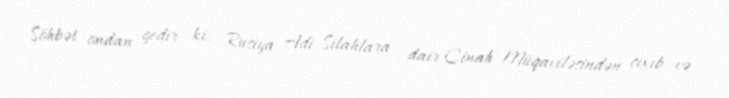
Söhbət ondan gedir ki, Rusiya Adi Silahlara dair Cinah Müqaviləsindən çıxıb və